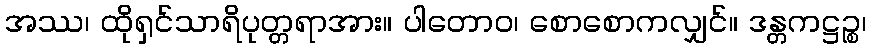
အဿ၊ ထိုရှင်သာရိပုတ္တရာအား။ ပါတောဝ၊ စောစောကလျှင်။ ဒန္တကဋ္ဌဉ္စ၊